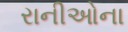
રાનીઓના